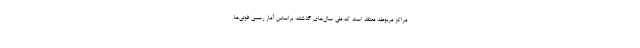
مراکز مربوطه، معتقد است که طی سال‌های گذشته، براساس آمار رسمی فوتی‌ها،